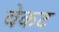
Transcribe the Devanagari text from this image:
वेकट